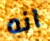
انه